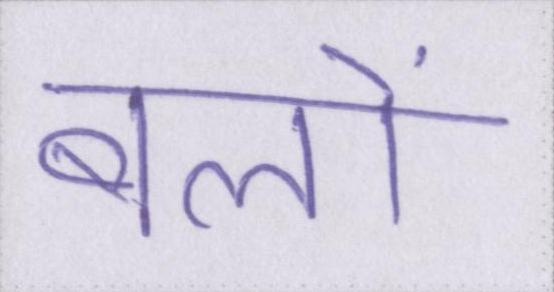
बलों